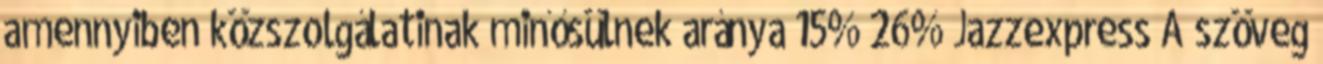
amennyiben közszolgálatinak minősülnek aránya 15% 26% Jazzexpress A szöveg